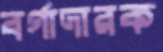
বর্গাদারক